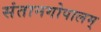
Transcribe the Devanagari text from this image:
संतानगोपालम्